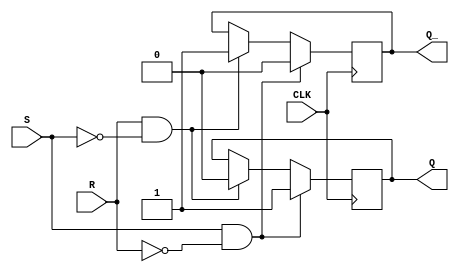
module gated_sr_flipflop (
    input S, // set input
    input R, // reset input
    input CLK, // clock input
    output reg Q, // output
    output reg Q_ // inverse output
);

always @(posedge CLK) begin
    if (S && !R) begin // set
        Q <= 1;
        Q_ <= 0;
    end else if (R && !S) begin // reset
        Q <= 0;
        Q_ <= 1;
    end
end

endmodule